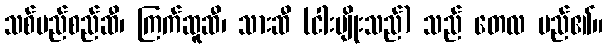
သစ်မည်စည်ဆီ၊ ကြက်ဆူဆီ၊ သားဆီ (ငါးမျိုးသည်) သည် တေလ မည်၏။